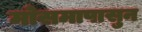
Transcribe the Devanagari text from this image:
मोसमापासुन